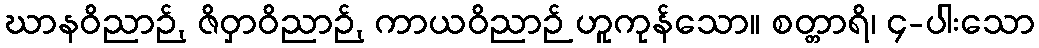
ဃာနဝိညာဉ်, ဇိဝှာဝိညာဉ်, ကာယဝိညာဉ် ဟူကုန်သော။ စတ္တာရိ၊ ၄-ပါးသော